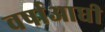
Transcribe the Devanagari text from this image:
वर्षाआधी